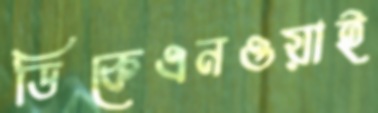
ডিকেএনওয়াই